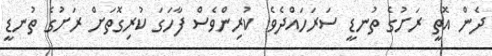
ދެން އޮތީ ރަށުގެ ތުނޑީ ސަރަހައްދެވެ. ކުރިންވެސް ފާހަގަ ކުރިގޮތަށް ރަށުގެ ތުނޑީ